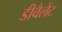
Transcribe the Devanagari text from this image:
डीवैलेंट